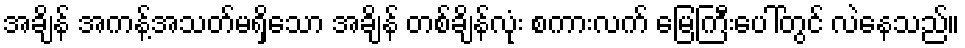
အချိန် အကန့်အသတ်မရှိသော အချိန် တစ်ချိန်လုံး စကားလက် မြေကြီးပေါ်တွင် လဲနေသည်။